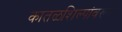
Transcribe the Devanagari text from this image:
कातळशिल्पांवरून